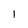
Character: 1